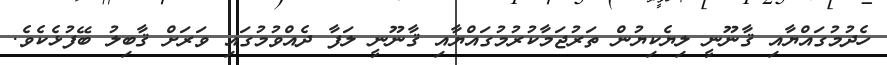
ހެދުމުގައްޔާއި ޤާނޫނީ ލިޔެކިޔުން ތަރުޖަމާކުރުމުގައްޔާއި ޤާނޫނީ ލަފާ ދެއްވުމުގައި ވަރަށް ޤާބިލު ބޭފުޅެކެވެ.